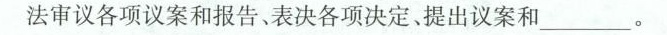
法审议各项议案和报告、表决各项决定提出议案和___。